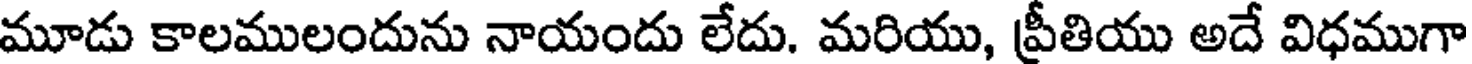
మూడు కాలములందును నాయందు లేదు. మరియు, ప్రీతియు అదే విధముగా